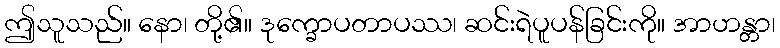
ဤသူသည်။ နော၊ တို့၏။ ဒုက္ခောပတာပဿ၊ ဆင်းရဲပူပန်ခြင်းကို။ အာဟန္တာ၊